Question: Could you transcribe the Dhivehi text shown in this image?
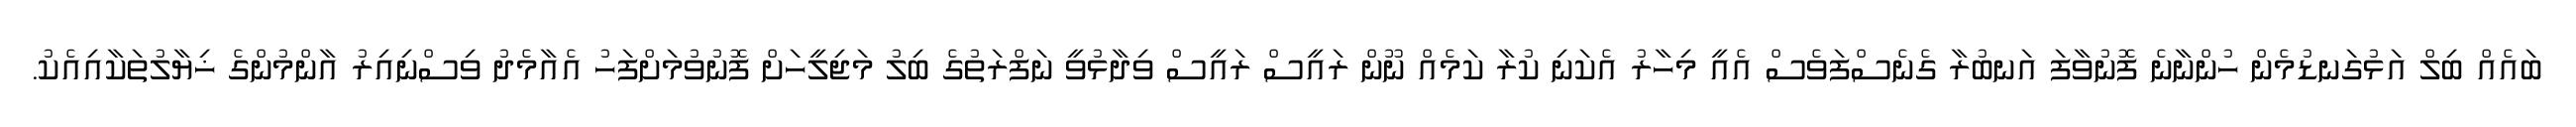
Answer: ބައެއް ބިލް އަޅުގަނޑުމެން ހުންނާނެ ފޮނުވާފަ އަނބުރާ ގެނެސްފަވެސް އެއީ މިހާރު އެކަނި ކުރާ ކަމެއް ނޫން ރައީސް ރައީސް ވިދާޅުވީ ނަފްރަތުގެ ބިލު މަޖިލީހަށް ފޮނުވުމަށްފަހު އެއާމެދު ވިސްނިއިރު އާންމުންގެ ޚިޔާލުތަކާއިއެކު.